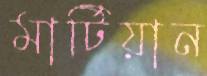
মার্টিয়ান